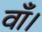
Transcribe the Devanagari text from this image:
वाँ।